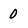
Character: 0